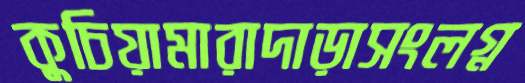
কুচিয়ামারাদাড়াসংলগ্ন